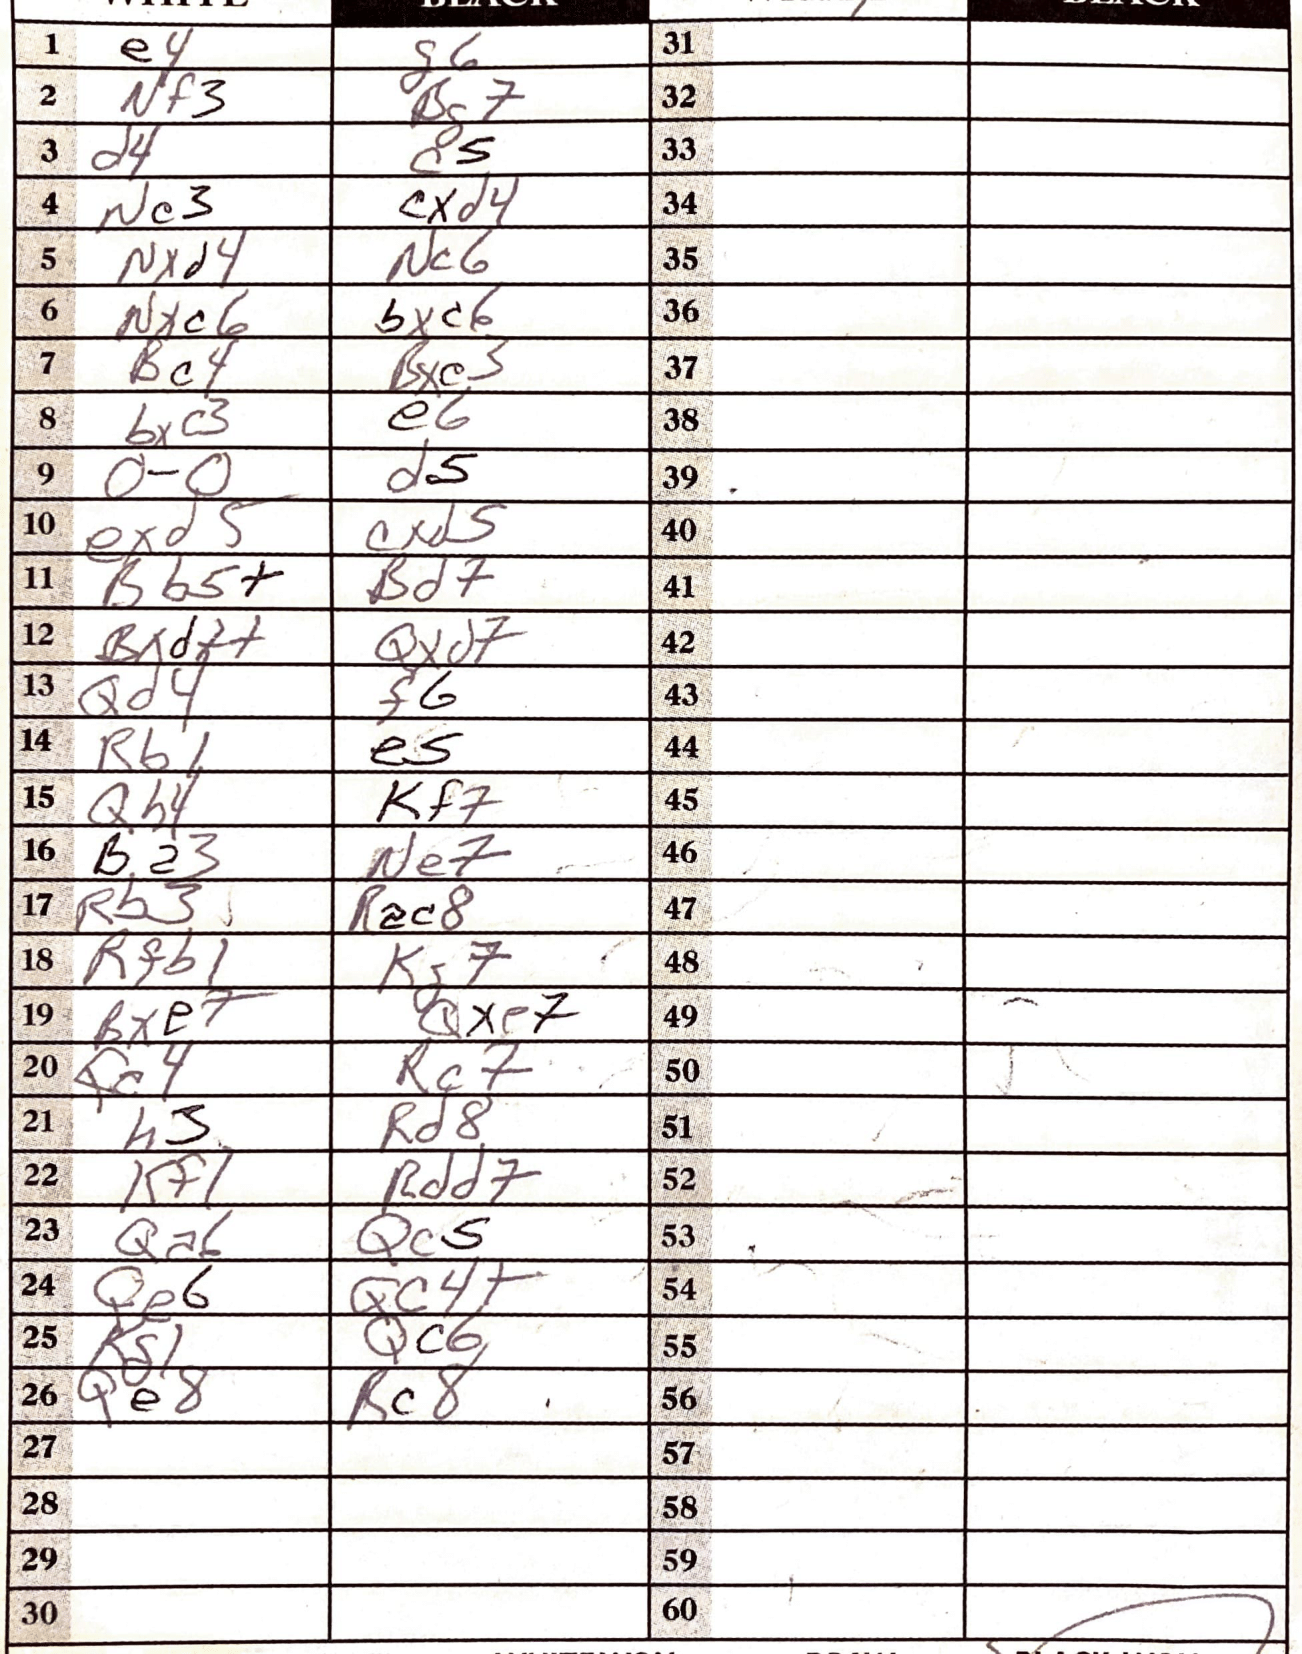
Moves: e4 g6 Nf3 Bg7 d4 c5 Nc3 cxd4 Nxd4 Nc6 Nxc6 bxc6 Bc4 Bxe3 bxc3 e6 O-O d5 exd5 cxd5 Bb5+ Bd7 Bxdf+ Qxd7 Qd4 f6 Rb1 e5 Qh4 Kf7 Ba3 Ne7 Rb3 Rac8 Rfb1 Kg7 Bxe7 Qxe7 Rc7 h3 Rd8 Kf1 Rdd7 Qa6 Qc5 Qe6 Qc4+ Kg1 Qc6 Qe8 Rc8